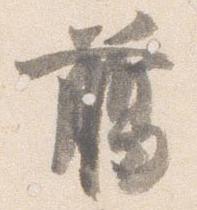
臈